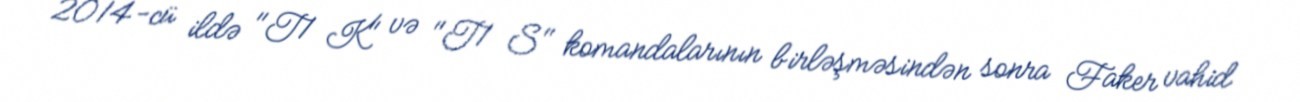
2014-cü ildə "T1 K" və "T1 S" komandalarının birləşməsindən sonra Faker vahid